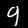
Label: 9